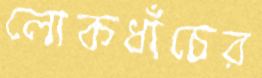
লোকধাঁচের